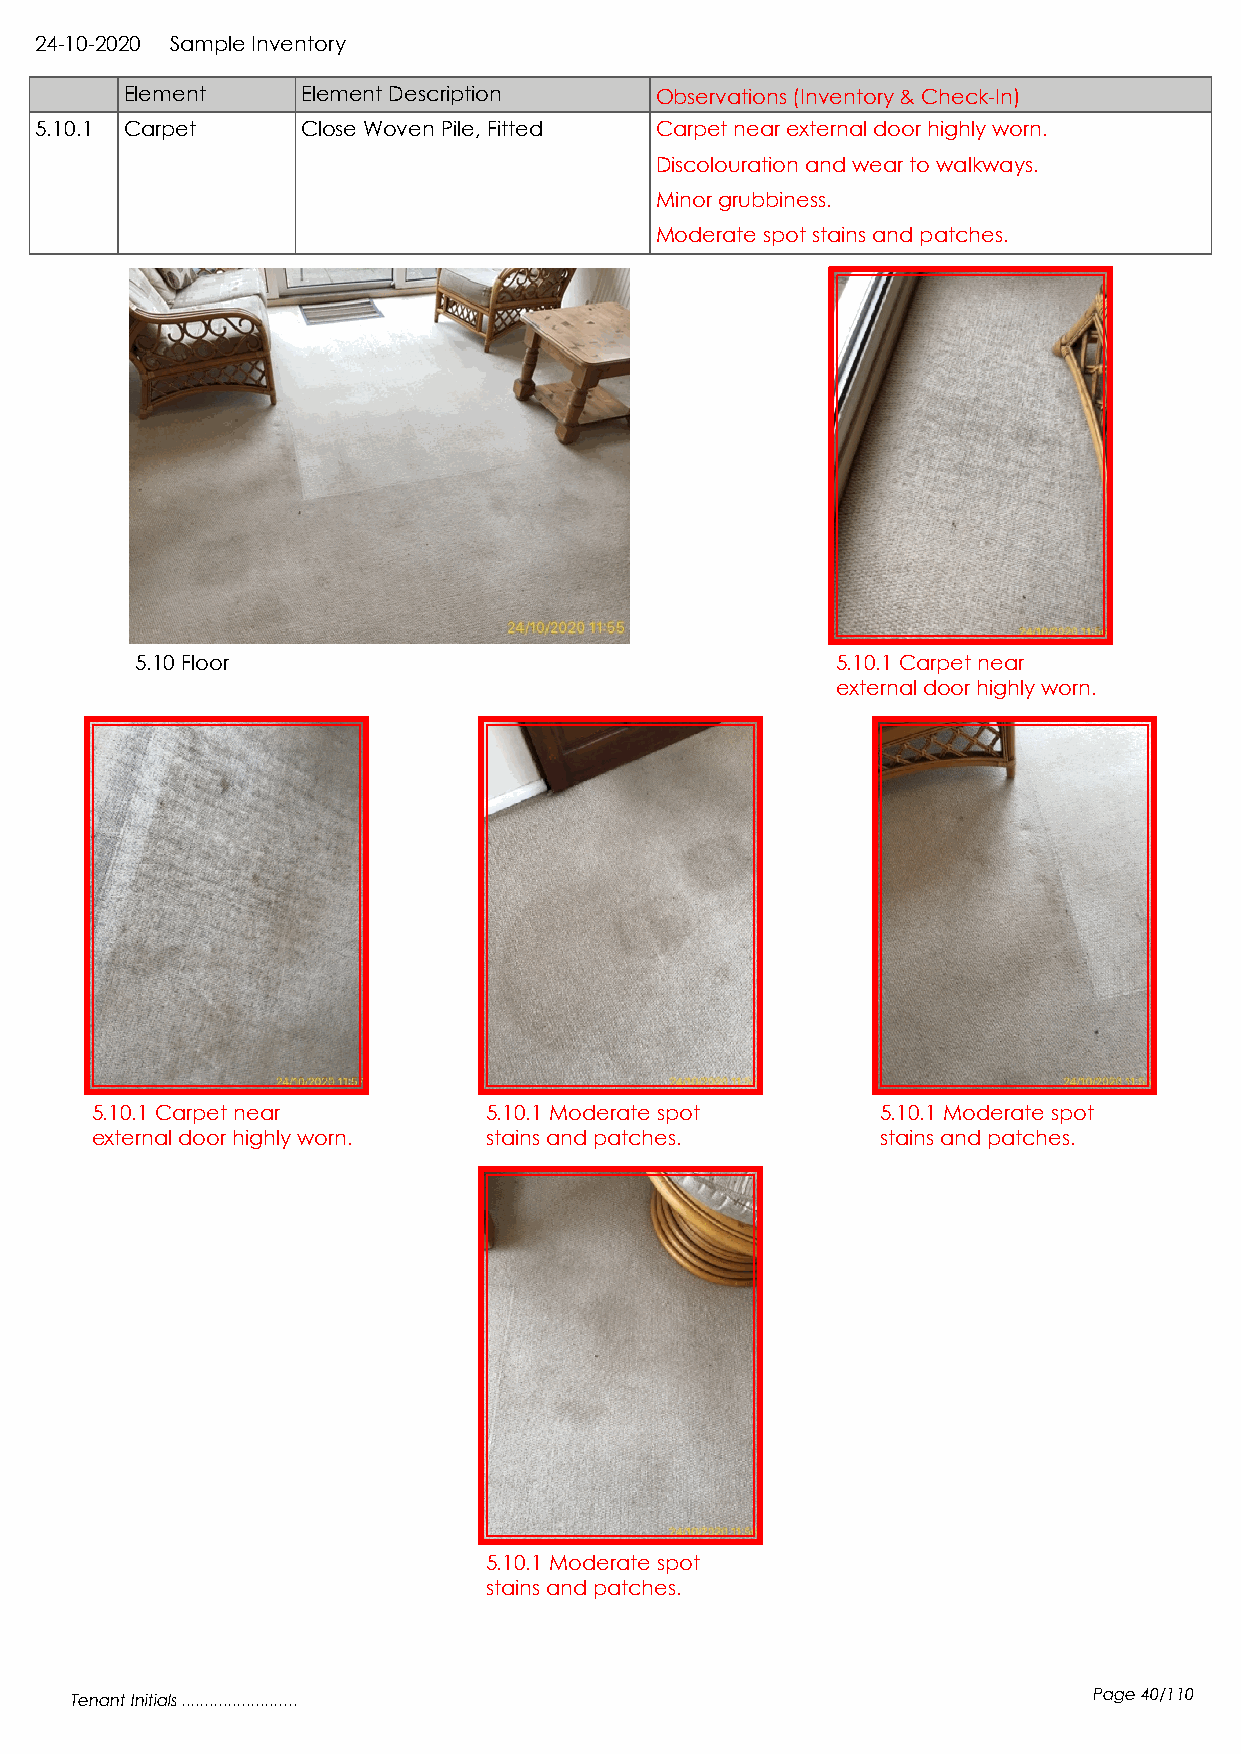
24-10-2020 Sample Inventory
 Element     Element Description    Observations (Inventory & Check-In)
 5.10.1 Carpet     Close Woven Pile, Fitted Carpet near external door highly worn.
 Discolouration and wear to walkways.
 Minor grubbiness.
 Moderate spot stains and patches.
 5.10 Floor                                    5.10.1 Carpet near
 external door highly worn.
 5.10.1 Carpet near        5.10.1 Moderate spot      5.10.1 Moderate spot
 external door highly worn. stains and patches.      stains and patches.
 5.10.1 Moderate spot
 stains and patches.
 Tenant Initials .........................                          Page 40/110